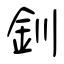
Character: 釧